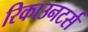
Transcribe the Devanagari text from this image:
रिकाउनटर्स